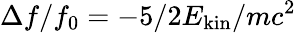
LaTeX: \Delta f/f_{0}=-5/2E_{\mathrm{kin}}/mc^{2}